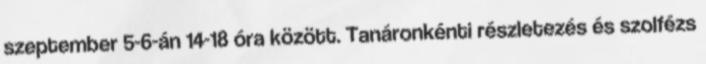
szeptember 5-6-án 14-18 óra között. Tanáronkénti részletezés és szolfézs